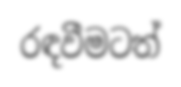
රඳවීමටත්